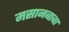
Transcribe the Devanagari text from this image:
मसानबाबा